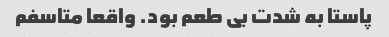
پاستا به شدت بی طعم بود. واقعا متاسفم